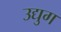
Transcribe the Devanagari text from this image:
उद्युग